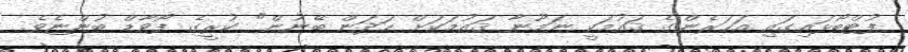
ފުޓްބޯޅައިގައި އަހަރެންގެ ޤައުމަކީ ނަމޫނާ ޤައުމަކަށް ހަދަން ބޭނުން" ކުރީގެ ފޯވާޑް ބުންޏެވެ.